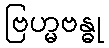
ဗြဟ္မဗန္ဓု